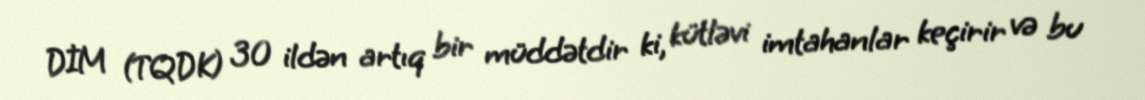
DİM (TQDK) 30 ildən artıq bir müddətdir ki, kütləvi imtahanlar keçirir və bu